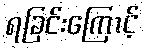
ရခြင်းကြောင့်